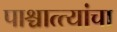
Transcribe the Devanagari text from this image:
पाश्चात्त्यांचा